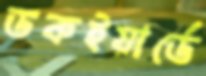
ডকইয়ার্ডে